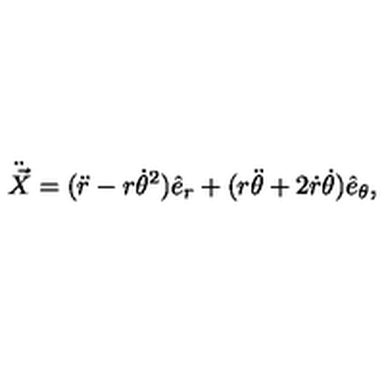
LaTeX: \ddot { \vec { X } } = ( \ddot { r } - r { \dot { \theta } } ^ { 2 } ) \hat { e } _ { r } + ( r \ddot { \theta } + 2 \dot { r } \dot { \theta } ) \hat { e } _ { \theta } ,